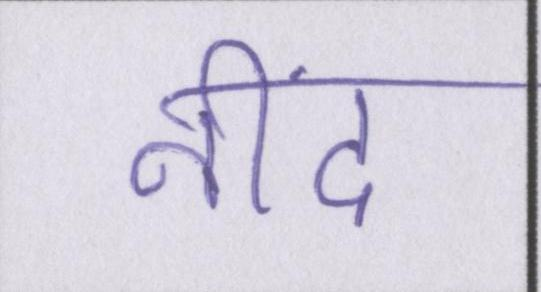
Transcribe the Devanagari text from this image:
नींद